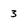
Character: 3